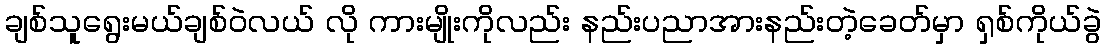
ချစ်သူရွေးမယ်ချစ်ဝဲလယ် လို ကားမျိုးကိုလည်း နည်းပညာအားနည်းတဲ့ခေတ်မှာ ရှစ်ကိုယ်ခွဲ